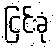
ငြင်းခုံ